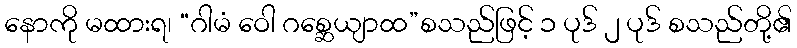
နောကို မထားရ၊ “ဂါမံ ဝေါ ဂစ္ဆေယျာထ”စသည်ဖြင့် ၁ ပုဒ် ၂ ပုဒ် စသည်တို့၏